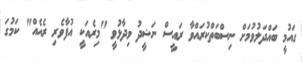
ގައުމީ ބައްދަލުވުމަށް ނިސްބަތްކުރައްވާ ރައީސް ނަޝީދު ވިދާޅުވީ "މިރެއަކީ އުފާވެރި ރެއެއް" ކަމުގަ